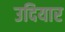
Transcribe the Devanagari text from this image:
उदियार